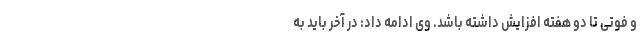
و فوتی تا دو هفته افزایش داشته باشد. وی ادامه داد: در آخر باید به